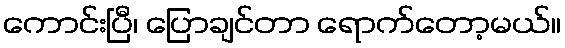
ကောင်းပြီ၊ ပြောချင်တာ ရောက်တော့မယ်။